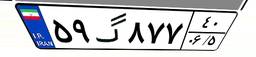
۵۹گ۸۷۷۴۰